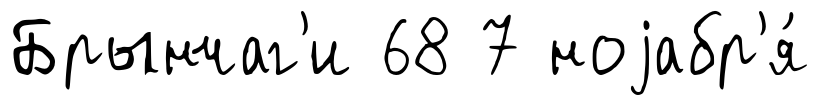
Брынчаг'и 68 7 ноjабр'я́